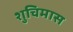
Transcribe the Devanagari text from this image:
शुचिमास